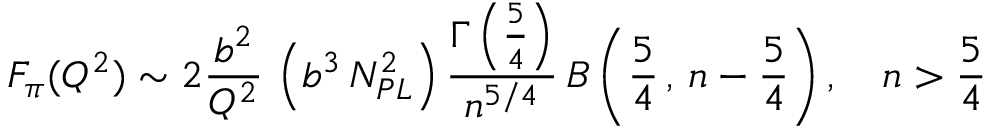
F _ { \pi } ( Q ^ { 2 } ) \sim 2 \frac { b ^ { 2 } } { Q ^ { 2 } } \, \left( b ^ { 3 } \, N _ { P L } ^ { 2 } \right) \frac { \Gamma \left( \frac { 5 } { 4 } \right) } { n ^ { 5 / 4 } } \, B \left( \frac { 5 } { 4 } \, , \, n - \frac { 5 } { 4 } \right) , \quad n > \frac { 5 } { 4 }